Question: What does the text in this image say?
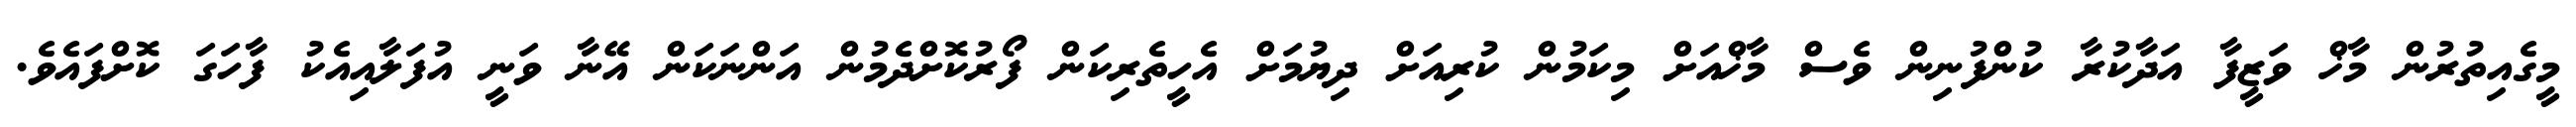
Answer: މީގެއިތުރުން މާޚް ވަޒީފާ އަދާކުރާ ކުންފުނިން ވެސް މާޚްއަށް މިކަމުން ކުރިއަށް ދިޔުމަށް އެހީތެރިކަން ފޯރުކޮށްދެމުން އަންނަކަން އޭނާ ވަނީ އުފަލާއިއެކު ފާހަގަ ކޮށްފައެވެ.